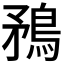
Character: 𭿼